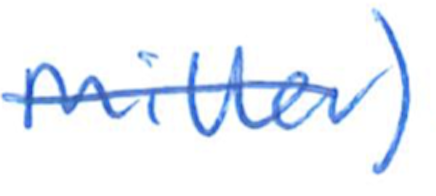
Text: Miller)
Cross-out: single-line
Writing tool: ballpoint